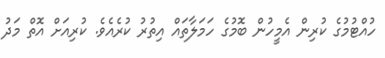
ހުއްޓުމުގެ ކުރިން އެމީހުން ބޮމުގެ ހަމަލާތައް އިތުރު ކުރެއެވެ. ކުރިއަށް އޮތް މަދު